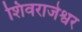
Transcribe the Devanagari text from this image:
शिवराजेश्वर